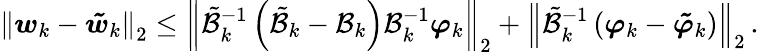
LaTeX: {\left\| {\boldsymbol{w}}_{k}-{\boldsymbol{\tilde{w}}}_{k}\right\| }_{2}\leq{\left\| \tilde{\mathcal{B}}_{k}^{-1}\left(\tilde{\mathcal{B}}_{k}-\mathcal{B}_{k}\right)\mathcal{B}_{k}^{-1}{\boldsymbol{\varphi}}_{k}\right\| }_{2}+{\left\| \tilde{\mathcal{B}}_{k}^{-1}\left({\boldsymbol{\varphi}}_{k}-{\boldsymbol{\tilde{\varphi}}}_{k}\right)\right\| }_{2}\, .